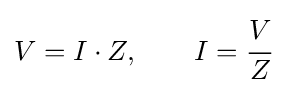
V=I\cdot Z,\qquad I={\cfrac {V}{Z}}